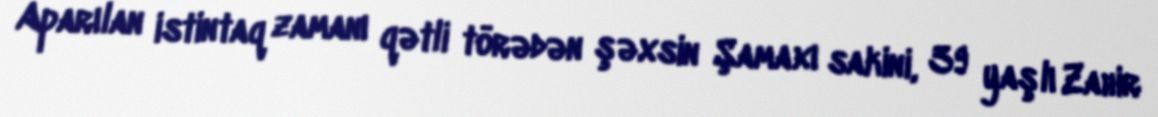
Aparılan istintaq zamanı qətli törədən şəxsin Şamaxı sakini, 39 yaşlı Zahir